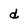
Character: d